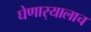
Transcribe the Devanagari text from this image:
घेणार्‍यालाच